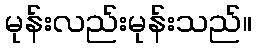
မုန်းလည်းမုန်းသည်။